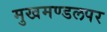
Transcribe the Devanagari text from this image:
मुखमण्डलपर